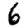
Digit: 6